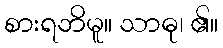
စားရဘိမူ။ သာဓု၊ ၏။